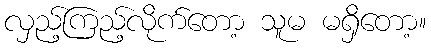
လှည့်ကြည့်လိုက်တော့ သူမ မရှိတော့။